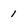
Character: 1